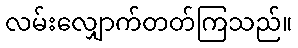
လမ်းလျှောက်တတ်ကြသည်။